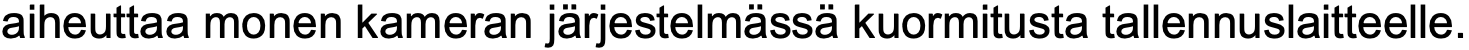
aiheuttaa monen kameran järjestelmässä kuormitusta tallennuslaitteelle.